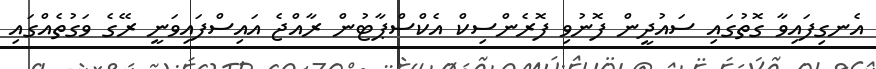
އެނގިފައިވާ ގޮތުގައި ސައުދީން ފޮނުވި ފޮރެންސިކް އެކްސްޕާޓުން ރާއްޖެ އައިސްފައިވަނީ ރޭގެ ވަގުތެއްގައި